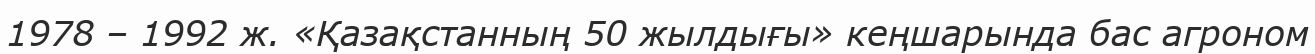
1978 – 1992 ж. «Қазақстанның 50 жылдығы» кеңшарында бас агроном